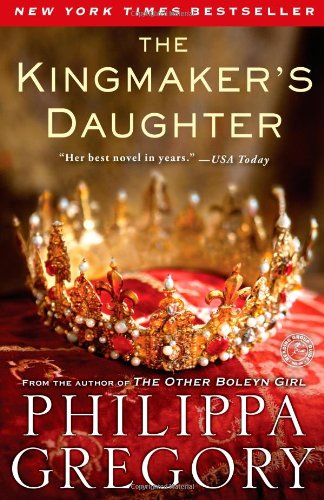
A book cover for The Kingmaker's Daughter (The Cousins' War); Philippa Gregory; Literature & Fiction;